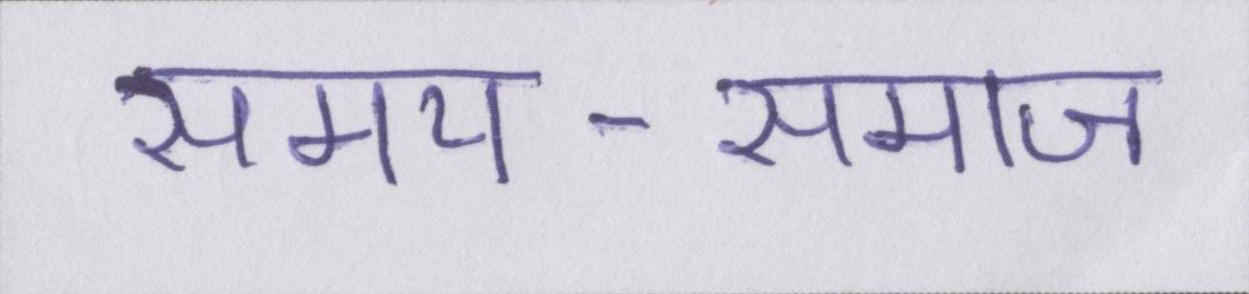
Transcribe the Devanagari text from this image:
समय-समाज